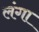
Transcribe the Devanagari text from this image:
लंगा